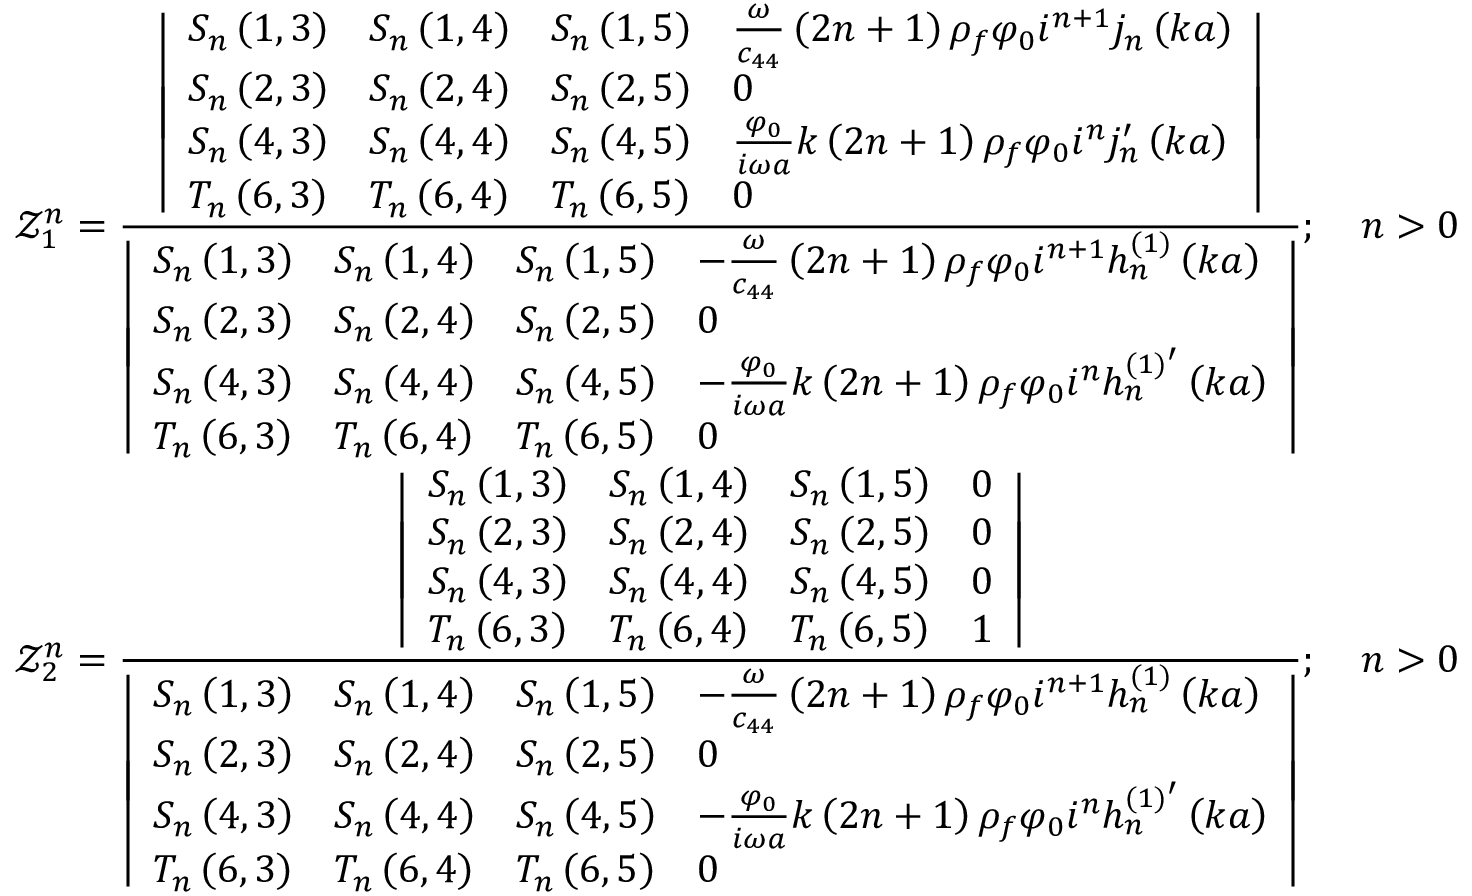
\begin{array} { r } { \mathcal { Z } _ { 1 } ^ { n } = \frac { \left| \begin{array} { l l l l } { S _ { n } \left( 1 , 3 \right) } & { S _ { n } \left( 1 , 4 \right) } & { S _ { n } \left( 1 , 5 \right) } & { \frac { \omega } { c _ { 4 4 } } \left( 2 n + 1 \right) \rho _ { f } \varphi _ { 0 } i ^ { n + 1 } j _ { n } \left( k a \right) } \\ { S _ { n } \left( 2 , 3 \right) } & { S _ { n } \left( 2 , 4 \right) } & { S _ { n } \left( 2 , 5 \right) } & { 0 } \\ { S _ { n } \left( 4 , 3 \right) } & { S _ { n } \left( 4 , 4 \right) } & { S _ { n } \left( 4 , 5 \right) } & { \frac { \varphi _ { 0 } } { i \omega a } k \left( 2 n + 1 \right) \rho _ { f } \varphi _ { 0 } i ^ { n } j _ { n } ^ { \prime } \left( k a \right) } \\ { T _ { n } \left( 6 , 3 \right) } & { T _ { n } \left( 6 , 4 \right) } & { T _ { n } \left( 6 , 5 \right) } & { 0 } \end{array} \right| } { \left| \begin{array} { l l l l } { S _ { n } \left( 1 , 3 \right) } & { S _ { n } \left( 1 , 4 \right) } & { S _ { n } \left( 1 , 5 \right) } & { - \frac { \omega } { c _ { 4 4 } } \left( 2 n + 1 \right) \rho _ { f } \varphi _ { 0 } i ^ { n + 1 } h _ { n } ^ { ( 1 ) } \left( k a \right) } \\ { S _ { n } \left( 2 , 3 \right) } & { S _ { n } \left( 2 , 4 \right) } & { S _ { n } \left( 2 , 5 \right) } & { 0 } \\ { S _ { n } \left( 4 , 3 \right) } & { S _ { n } \left( 4 , 4 \right) } & { S _ { n } \left( 4 , 5 \right) } & { - \frac { \varphi _ { 0 } } { i \omega a } k \left( 2 n + 1 \right) \rho _ { f } \varphi _ { 0 } i ^ { n } h _ { n } ^ { ( 1 ) ^ { \prime } } \left( k a \right) } \\ { T _ { n } \left( 6 , 3 \right) } & { T _ { n } \left( 6 , 4 \right) } & { T _ { n } \left( 6 , 5 \right) } & { 0 } \end{array} \right| } ; \quad n > 0 } \\ { \mathcal { Z } _ { 2 } ^ { n } = \frac { \left| \begin{array} { l l l l } { S _ { n } \left( 1 , 3 \right) } & { S _ { n } \left( 1 , 4 \right) } & { S _ { n } \left( 1 , 5 \right) } & { 0 } \\ { S _ { n } \left( 2 , 3 \right) } & { S _ { n } \left( 2 , 4 \right) } & { S _ { n } \left( 2 , 5 \right) } & { 0 } \\ { S _ { n } \left( 4 , 3 \right) } & { S _ { n } \left( 4 , 4 \right) } & { S _ { n } \left( 4 , 5 \right) } & { 0 } \\ { T _ { n } \left( 6 , 3 \right) } & { T _ { n } \left( 6 , 4 \right) } & { T _ { n } \left( 6 , 5 \right) } & { 1 } \end{array} \right| } { \left| \begin{array} { l l l l } { S _ { n } \left( 1 , 3 \right) } & { S _ { n } \left( 1 , 4 \right) } & { S _ { n } \left( 1 , 5 \right) } & { - \frac { \omega } { c _ { 4 4 } } \left( 2 n + 1 \right) \rho _ { f } \varphi _ { 0 } i ^ { n + 1 } h _ { n } ^ { ( 1 ) } \left( k a \right) } \\ { S _ { n } \left( 2 , 3 \right) } & { S _ { n } \left( 2 , 4 \right) } & { S _ { n } \left( 2 , 5 \right) } & { 0 } \\ { S _ { n } \left( 4 , 3 \right) } & { S _ { n } \left( 4 , 4 \right) } & { S _ { n } \left( 4 , 5 \right) } & { - \frac { \varphi _ { 0 } } { i \omega a } k \left( 2 n + 1 \right) \rho _ { f } \varphi _ { 0 } i ^ { n } h _ { n } ^ { ( 1 ) ^ { \prime } } \left( k a \right) } \\ { T _ { n } \left( 6 , 3 \right) } & { T _ { n } \left( 6 , 4 \right) } & { T _ { n } \left( 6 , 5 \right) } & { 0 } \end{array} \right| } ; \quad n > 0 } \end{array}